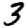
Digit: 3